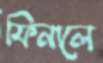
ফিনালে